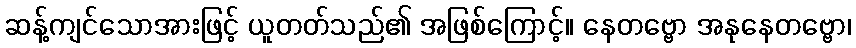
ဆန့်ကျင်သောအားဖြင့် ယူတတ်သည်၏ အဖြစ်ကြောင့်။ နေတဗ္ဗော အနုနေတဗ္ဗော၊